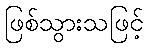
ဖြစ်သွားသဖြင့်